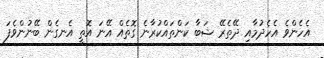
އެހެންވެ އެހެދުމާއި ދޭތެރޭ ޝަބާ ކަންތައްކުރާނެ ގޮތެއް އޭނަ އޮތީ އެނގެން ބޭނުންވެފަ